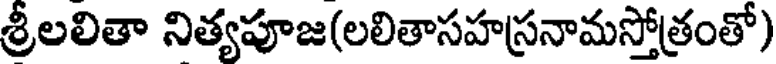
శ్రీలలితా నిత్యపూజ(లలితాసహస్రనామస్తోత్రంతో)